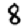
Digit: 8